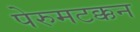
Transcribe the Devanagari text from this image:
पेरुमटक्कन